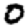
Digit: 0